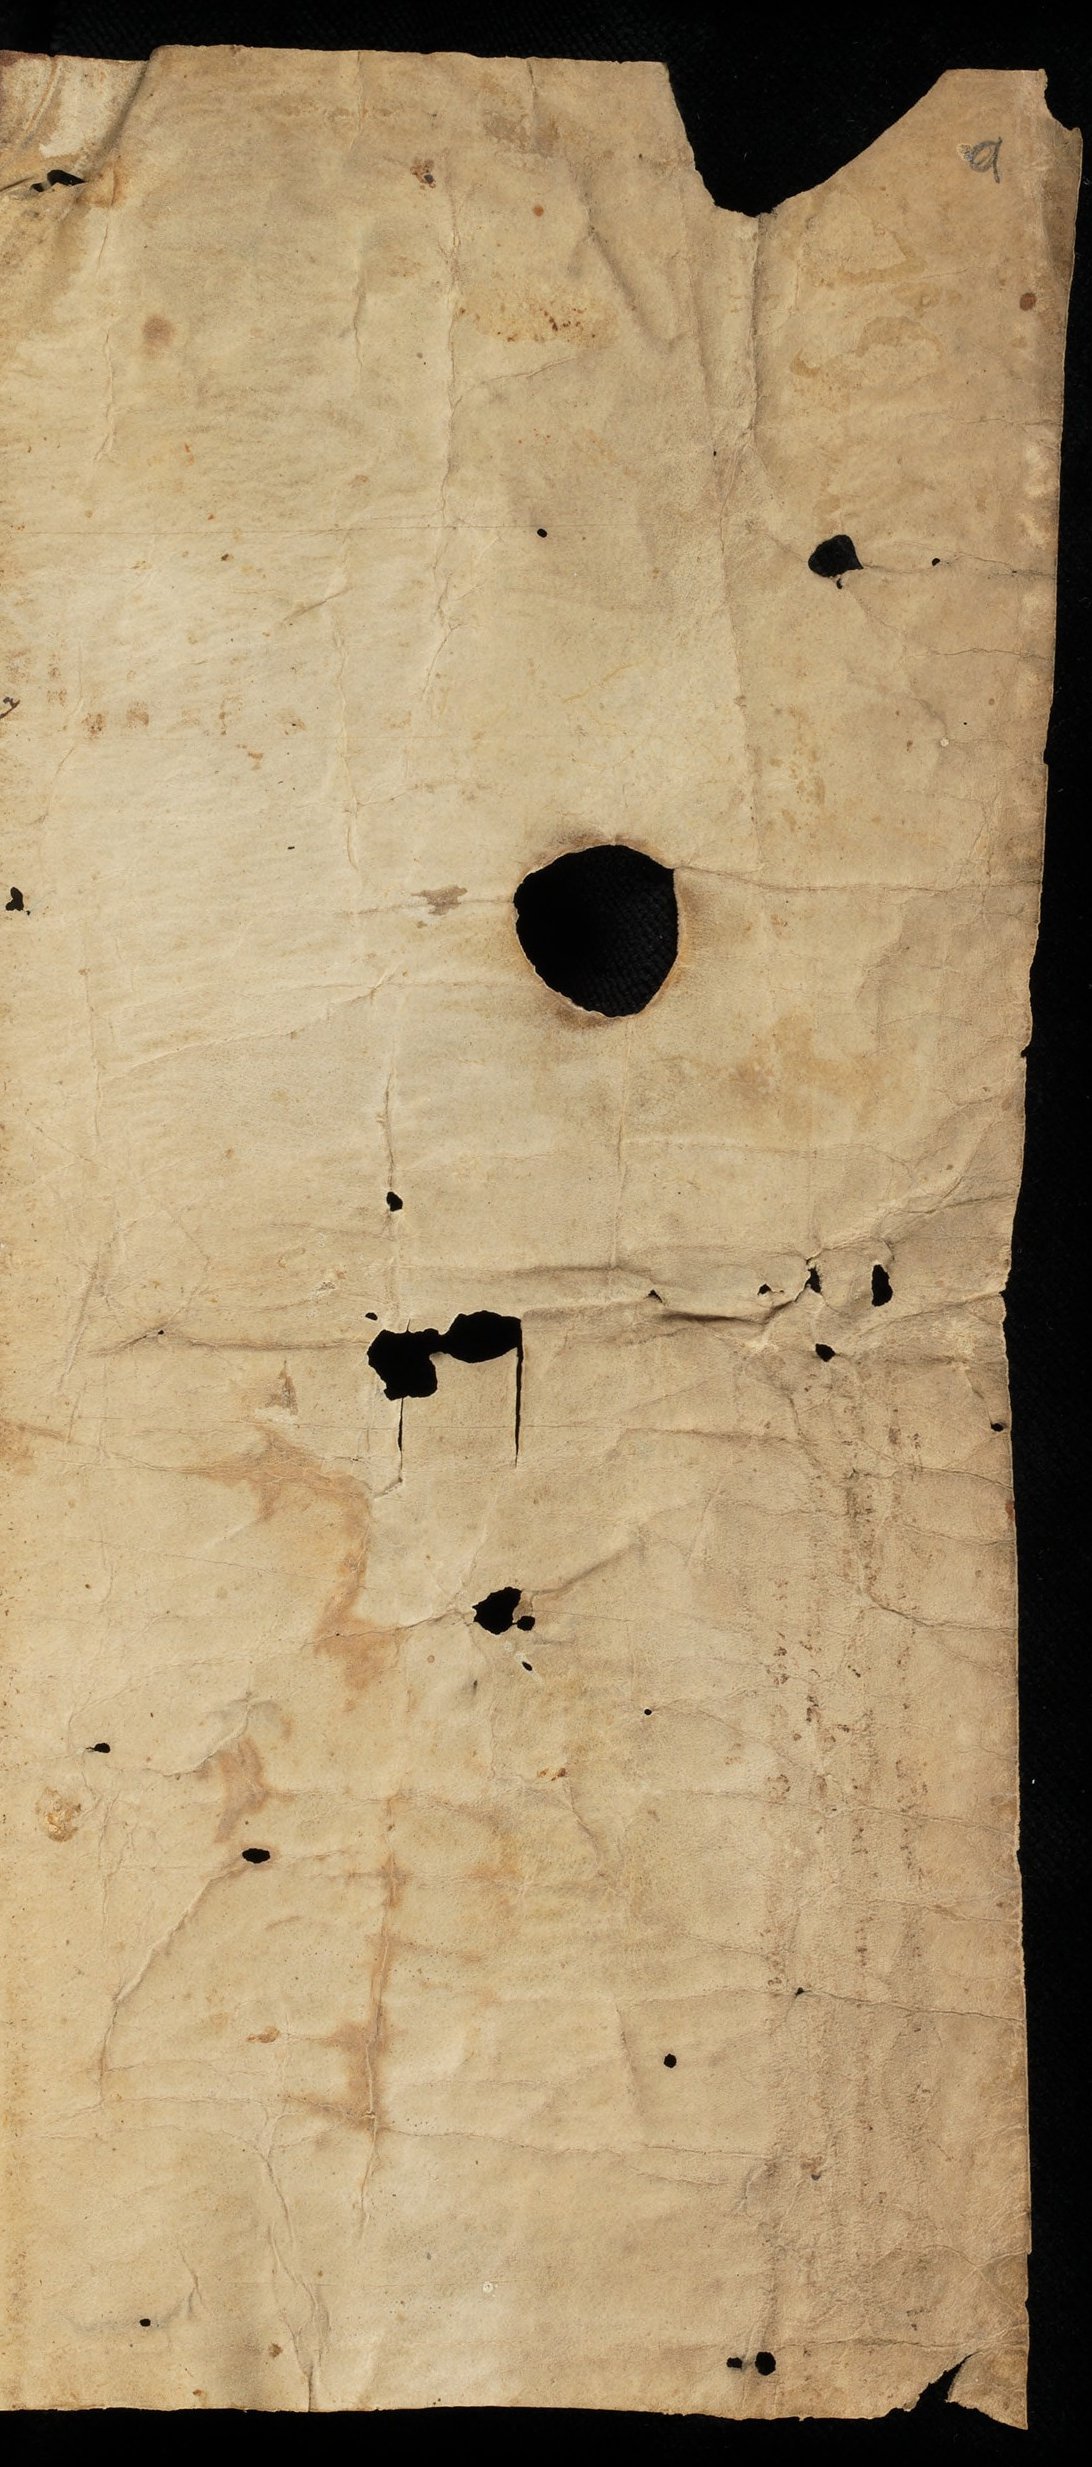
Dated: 1443–1443